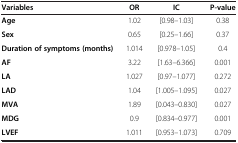
| Variables | OR | IC | P-value |
 | --- | --- | --- | --- |
 | Age | 1.02 | [0.98–1.03] | 0.38 |
 | Sex | 0.65 | [0.25–1.66] | 0.37 |
 | Duration of symptoms (months) | 1.014 | [0.978–1.05] | 0.4 |
 | AF | 3.22 | [1.63–6.366] | 0.001 |
 | LA | 1.027 | [0.97–1.077] | 0.272 |
 | LAD | 1.04 | [1.005–1.095] | 0.027 |
 | MVA | 1.89 | [0.043–0.830] | 0.027 |
 | MDG | 0.9 | [0.834–0.977] | 0.001 |
 | LVEF | 1.011 | [0.953–1.073] | 0.709 |